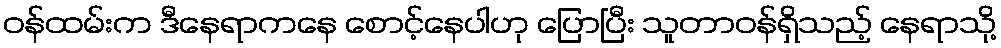
ဝန်ထမ်းက ဒီနေရာကနေ စောင့်နေပါဟု ပြောပြီး သူတာဝန်ရှိသည့် နေရာသို့